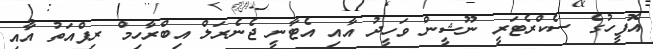
އޮފީހުގެ ސެކްރެޓަރީ ނޫޝީން ވަހީދު އާއި އެޓާނީ ޖެނެރަލް އިބްރާހިމް ރިފްއަތު އާއި